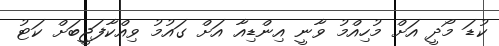
ކުޑަ މޯދީ އަށް މުހިއްމު ވާނީ އިންޑިއާ އަށް ގައުމު ވިއްކާފަޖީބަށް ކަޓު